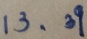
1 3 . 3 9